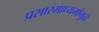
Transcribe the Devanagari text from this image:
प्रसारमाध्यमांमुळे